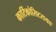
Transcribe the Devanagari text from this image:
कार्टिकोसिटरायड